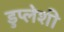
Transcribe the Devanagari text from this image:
डुप्लेशी